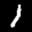
Label: 1